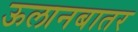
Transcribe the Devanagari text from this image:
ऊलानबातर